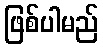
ဖြစ်ပါမည်